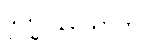
ဒုက္ခဝိနယောတိ